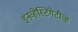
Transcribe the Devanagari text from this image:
इनव्हेस्टिगेटीव्ह